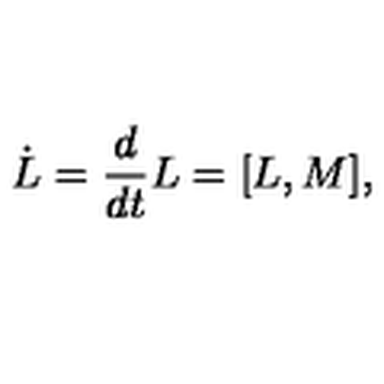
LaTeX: \dot { L } = { \frac { d } { d t } } L = [ L , M ] ,